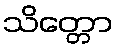
သိတ္တော